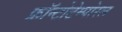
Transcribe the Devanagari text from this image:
फ्रॉन्टोटेम्पोरल